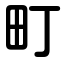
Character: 町